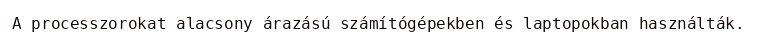
A processzorokat alacsony árazású számítógépekben és laptopokban használták.